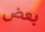
بعض